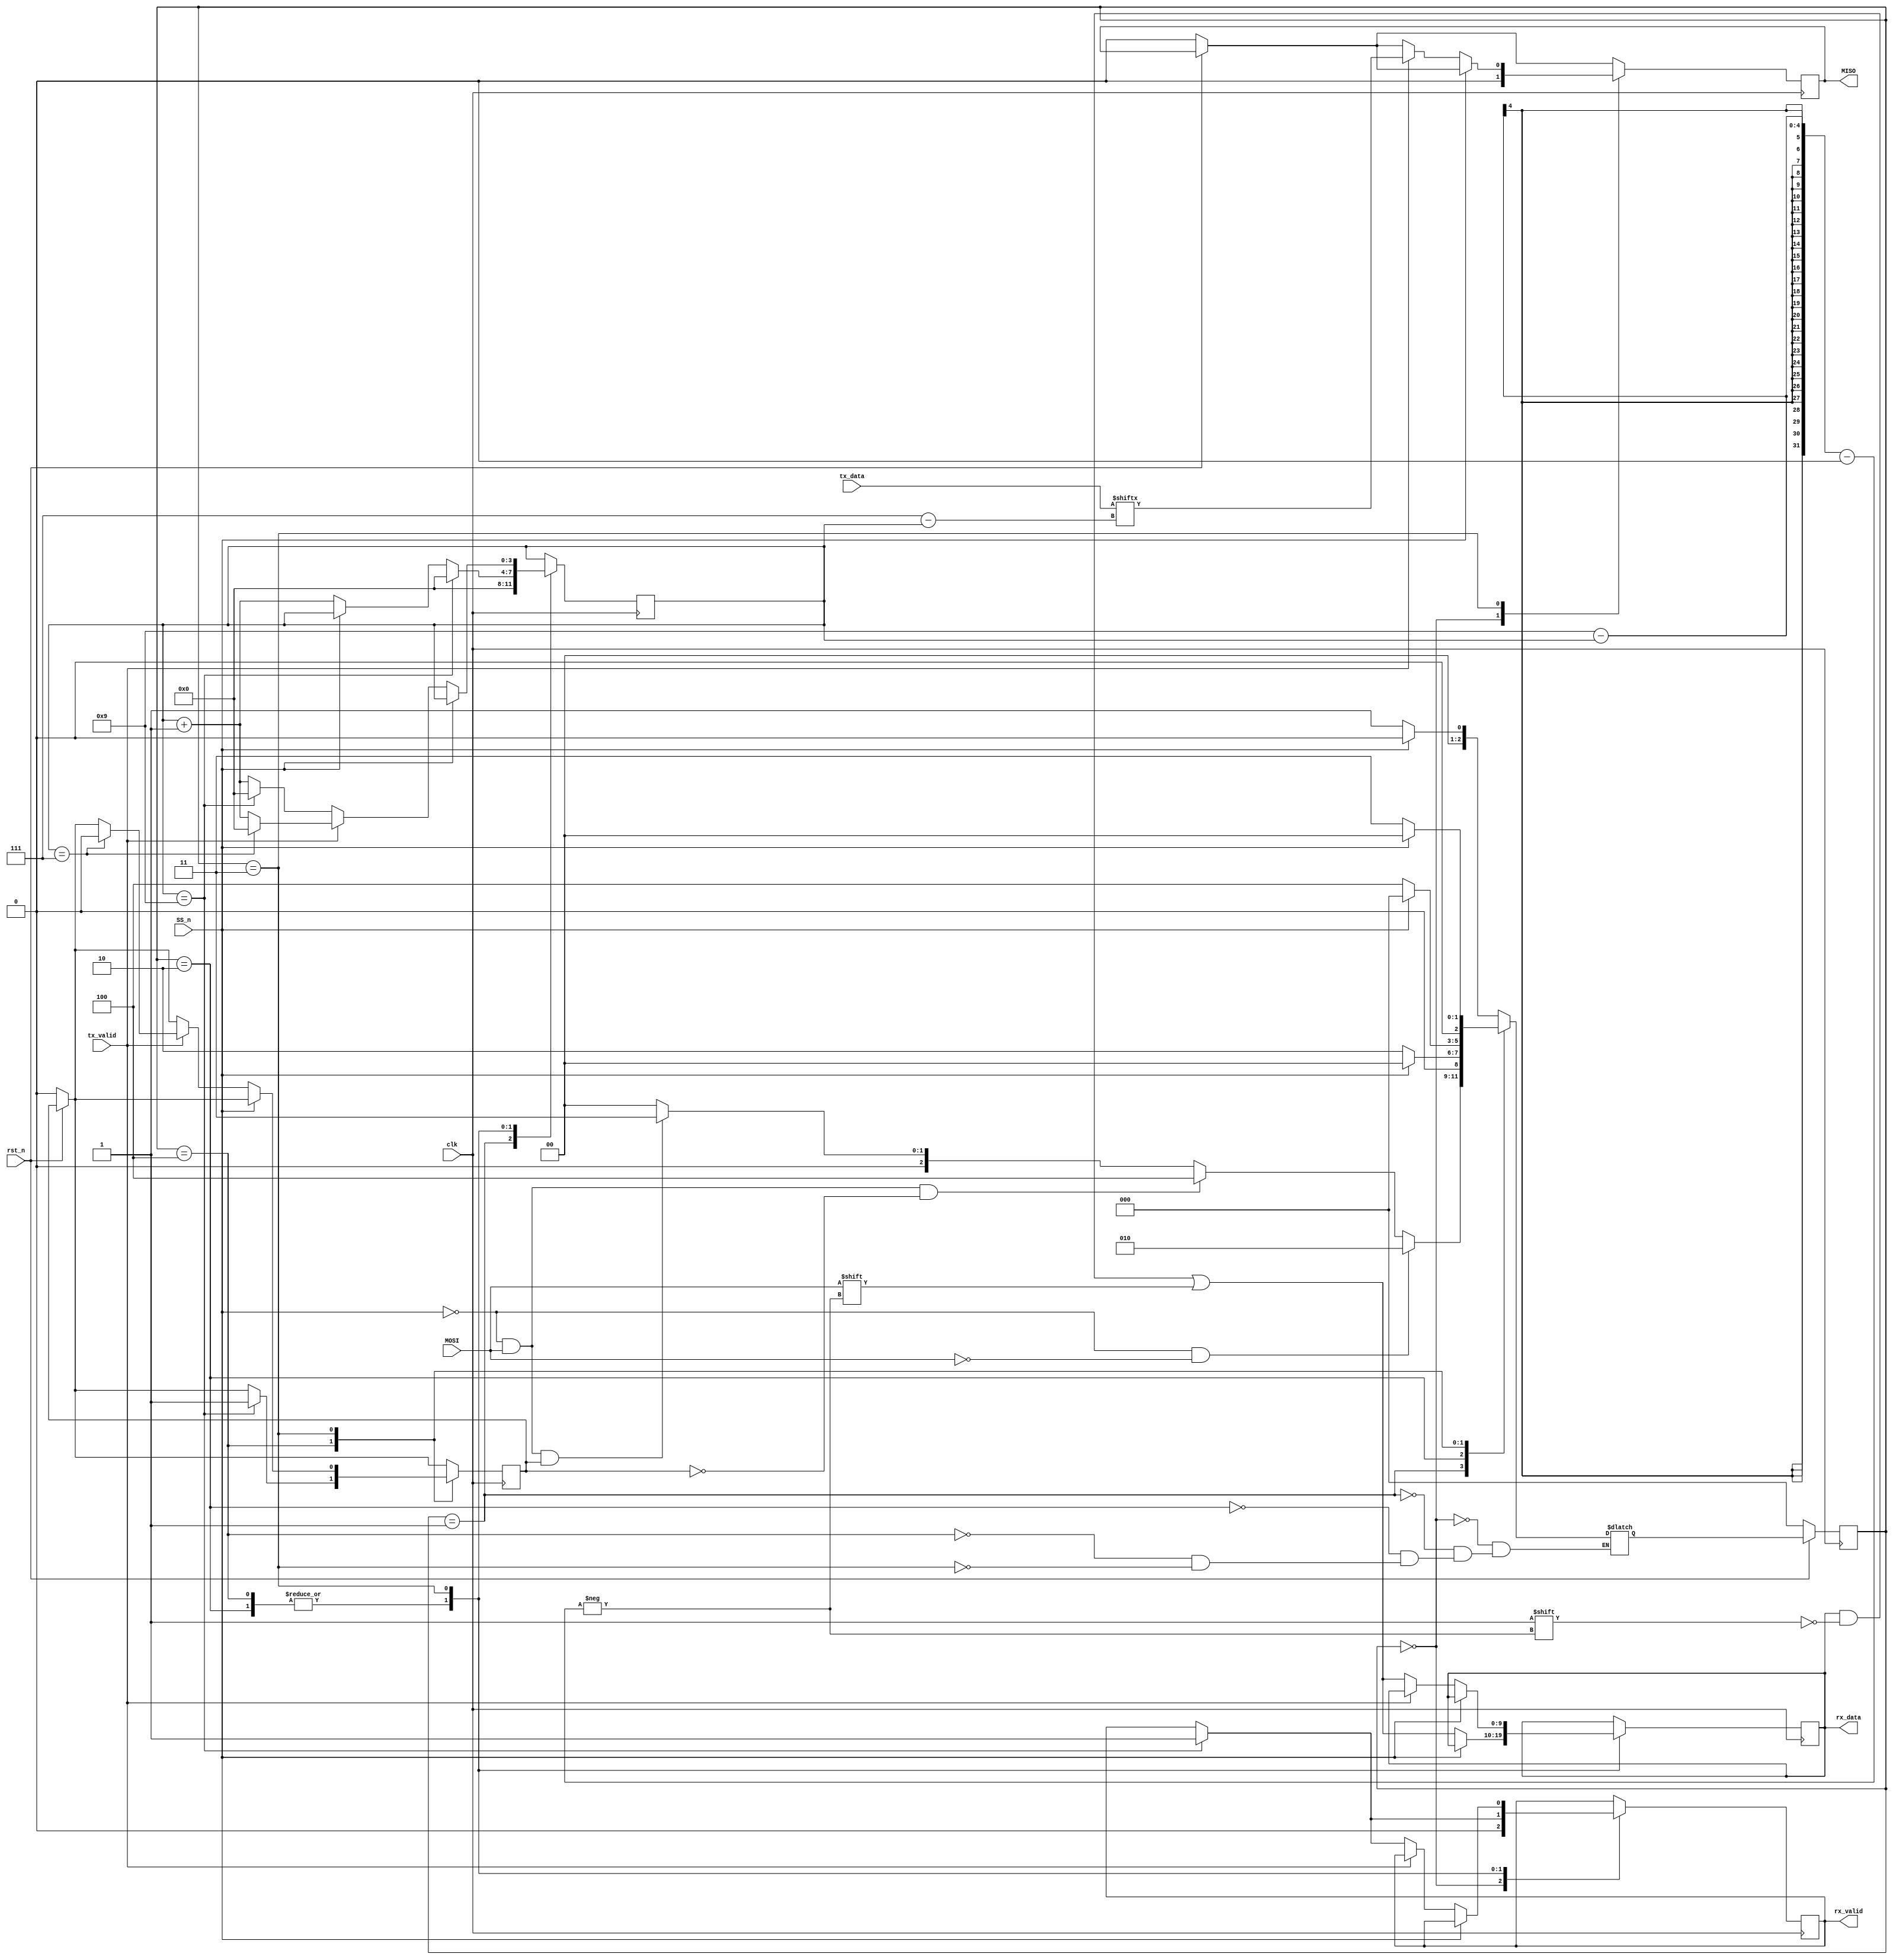
module SPI(input MOSI,input SS_n,input clk ,input rst_n,input[7:0]tx_data,input tx_valid,
output reg [9:0]rx_data,output reg rx_valid,output reg MISO
);

 
// (* fsm_encoding = "gray" *)
(* fsm_encoding = "sequential" *)
// (* fsm_encoding = "one_hot" *)

//states 
localparam IDLE = 3'b000 ;
localparam CHK_CMD = 3'b001 ;
localparam WRITE = 3'b010 ;
localparam READ_DATA = 3'b011 ;
localparam READ_ADDR= 3'b100 ;
reg [2:0]current_state , next_state ; 
reg [3:0]counter;
reg read_flag ; 
always @(*) begin:next_state_logic
    case (current_state)
        IDLE:
        if(SS_n==1'b0) next_state<=CHK_CMD ;
        else next_state<=IDLE ;
        CHK_CMD: 
        if(SS_n==1'b0 && MOSI==1'b0) next_state<=WRITE; 
        else if (SS_n==1'b0 && MOSI==1'b1 && read_flag==1'b0)next_state=READ_ADDR; 
        else if (SS_n==1'b0 && MOSI==1'b1 && read_flag==1'b1)next_state=READ_DATA; 
        else next_state<=IDLE  ; 
        WRITE:
        if(SS_n==1'b0) begin  
            next_state<=WRITE;
        end 
        else begin 
            next_state <=IDLE;
        end
        READ_ADDR: if(SS_n ==1'b1) next_state<=IDLE;
        else next_state<=READ_ADDR; 

        READ_DATA:if(SS_n ==1'b1) next_state<=IDLE;
        else next_state<=READ_DATA; 
    endcase
end

always @(posedge clk ) begin
    if(~rst_n) begin 
        current_state<=IDLE;
    end
    else current_state <=next_state;
end

always@(posedge clk ) begin 
     if(~rst_n)begin
         MISO<=0;
         read_flag<=1'b0;
    end
 case(current_state)
    IDLE:begin
    rx_valid<=1'b0;
    MISO<=1'b0;
    end
    CHK_CMD:counter<=1'b0;
    WRITE:begin
    if(SS_n==0)begin
        rx_data[9-counter]<=MOSI;
        counter<=counter+1'b1;
    end
    if(counter==9)begin
        rx_valid<=1'b1;
        counter<=1'b0;
        end
    end
    READ_ADDR:begin
        if(SS_n==0)begin
        rx_data[9-counter]<=MOSI;
        counter<=counter+1'b1;
    end
        if(counter==9)begin
        rx_valid<=1'b1;
        counter<=1'b0;
        read_flag<=1'b1; //to be able to READ_DATA
        end

    end

    READ_DATA:
    if(SS_n ==1'b0 )begin 
      if(tx_valid==1'b0)begin
        rx_data[9-counter]<=MOSI ; 
        counter<=counter+1; 
        if(counter == 9)begin
            counter<=1'b0 ; 
            rx_valid<=1'b1 ; 
        end
    end
    if(tx_valid==1'b1)begin
        MISO<=tx_data[7-counter]; 
        counter<=counter+1'b1; 
        if(counter==7)begin
            read_flag<=1'b0 ;
            counter<=0 ; 
        end
    end
end 
endcase

end 

endmodule